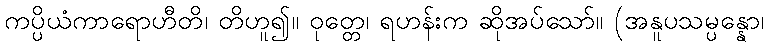
ကပ္ပိယံကာရောဟီတိ၊ တိဟူ၍။ ဝုတ္တေ၊ ရဟန်းက ဆိုအပ်သော်။ (အနူပသမ္ပန္နော၊